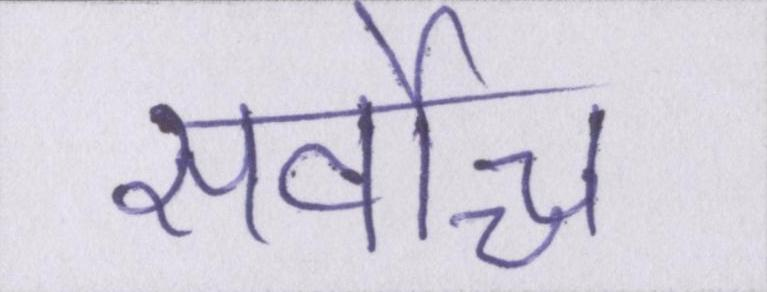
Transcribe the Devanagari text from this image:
सर्वोच्च